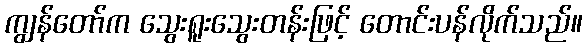
ကျွန်တော်က သွေးရူးသွေးတန်းဖြင့် တောင်းပန်လိုက်သည်။